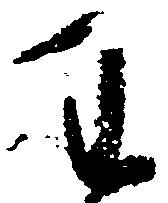
わ